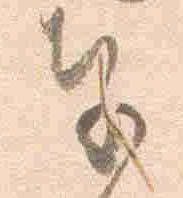
奉